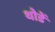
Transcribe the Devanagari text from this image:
थोडें